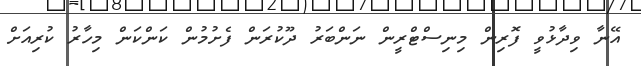
އޭނާ ވިދާޅުވީ ފޮރިން މިނިސްޓްރީން ނަންބަރު ދޫކުރަން ފެށުމުން ކަންކަން މިހާރު ކުރިއަށް